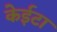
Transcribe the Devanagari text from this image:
केईटा